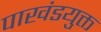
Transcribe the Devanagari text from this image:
पाखंडयुक्त